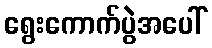
ရွေးကောက်ပွဲအပေါ်